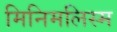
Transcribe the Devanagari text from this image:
मिनिमलिस्म